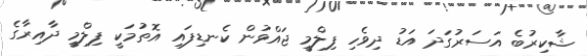
ޝާކިރުބެ އަސަރުގަދަ އަޑު ދިވެހި ފިލްމީ ޖައްވުން ކެނޑިފައި އޮތުމަކީ ފިލްމީ ދާއިރާގެ